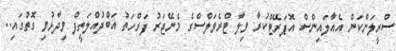
ސްރީލަންކަން އެއާލައިންސް އޮޕަރޭޓްކުރާ ވިލާ ޓްރެވަލްސްގެ މެނޭޖަރު ފަރްހަތު އަބްދުއްލަތީފް ވިދާޅުވި ގޮތުގައި..